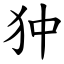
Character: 狆